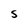
Character: S